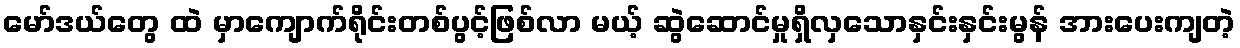
မော်ဒယ်တွေ ထဲ မှာကျောက်ရိုင်းတစ်ပွင့်ဖြစ်လာ မယ့် ဆွဲဆောင်မှုရှိလှသောနှင်းနှင်းမွန် အားပေးကျတဲ့